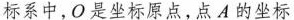
标系中，O是坐标原点，点A的坐标